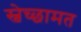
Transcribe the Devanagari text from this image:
स्वेच्छामत